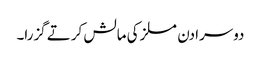
دوسرا دن مسلز کی مالش کرتے گزرا۔